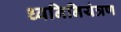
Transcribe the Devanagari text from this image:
ध्वनिनियंत्रण